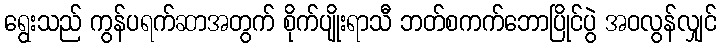
ရွေးသည် ကွန်ပရက်ဆာအတွက် စိုက်ပျိုးရာသီ ဘတ်စကက်ဘောပြိုင်ပွဲ အဝလွန်လျှင်